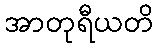
အာတုရီယတိ